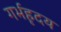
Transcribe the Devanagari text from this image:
गर्भहृदय